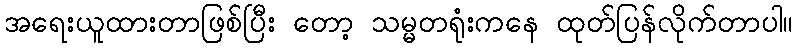
အရေးယူထားတာဖြစ်ပြီး တော့ သမ္မတရုံးကနေ ထုတ်ပြန်လိုက်တာပါ။